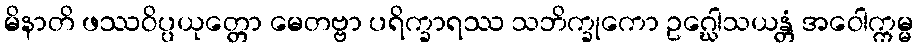
မိနာတိ ဖဿဝိပ္ပယုတ္တော မေတဗ္ဗာ ပရိက္ခာရဿ သဘိက္ခုကော ဥဂ္ဃေါသယန္တံ အဝေါက္ကမ္မ